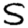
Digit: 5